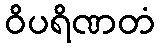
ဝိပရိဏတံ